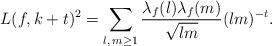
LaTeX: \begin{align*} L(f, k+t)^2= \sum_{l,\, m \geq 1}\frac{\lambda_f(l) \lambda_f(m)}{\sqrt{lm}} (lm)^{-t}. \end{align*}